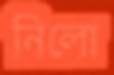
নিলো